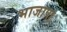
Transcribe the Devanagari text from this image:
भाजापा